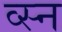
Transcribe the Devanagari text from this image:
व्स्न